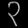
Digit: ၃